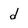
Character: d